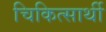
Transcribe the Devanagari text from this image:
चिकित्सार्थी